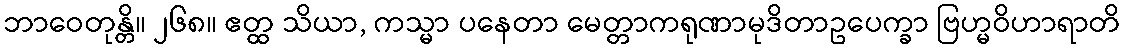
ဘာဝေတုန္တိ။ ၂၆၈။ ဧတ္ထ သိယာ, ကသ္မာ ပနေတာ မေတ္တာကရုဏာမုဒိတာဥပေက္ခာ ဗြဟ္မဝိဟာရာတိ